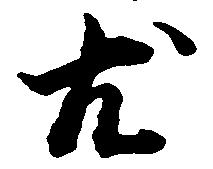
尤